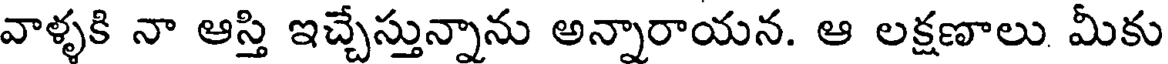
వాళ్ళకి నా ఆస్తి ఇచ్చేస్తున్నాను అన్నారాయన. ఆ లక్షణాలు మీకు